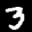
Label: 3